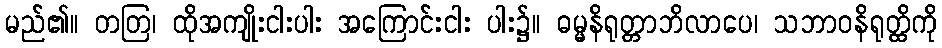
မည်၏။ တတြ၊ ထိုအကျိုးငါးပါး အကြောင်းငါး ပါး၌။ ဓမ္မနိရုတ္တာဘိလာပေ၊ သဘာဝနိရုတ္ထိကို